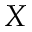
X